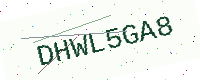
Text: DHWL5GA8